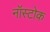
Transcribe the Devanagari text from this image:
नॉस्टोक